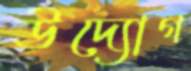
উদ্যোগ